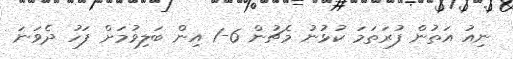
ނިއު އަތުން ފުރަތަމަ ކުޅުނު މެޗުން 6-1 އިން ބަލިވުމަށް ފަހު ދެވަނަ